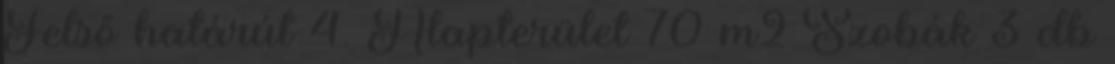
Felső határút 4. Alapterület 70 m2 Szobák 3 db